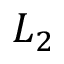
L _ { 2 }